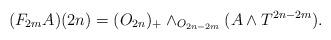
LaTeX: \begin{align*} (F_{2m}A)(2n)=(O_{2n})_{+}\wedge_{O_{2n-2m}}(A\wedge T^{2n-2m}). \end{align*}